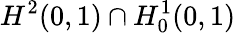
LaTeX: H^{2}(0,1)\cap H_{0}^{1}(0,1)